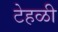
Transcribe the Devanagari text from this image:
टेहळी